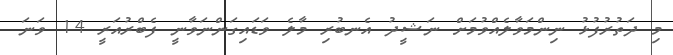
މި ދަތުރުފުޅު ނިންމަވާލެއްވުމަށް ނަޝީދު އެނބުރި މާލެ ވަޑައިގަންނަވާނީ ފެބްރުއަރީ 14 ވަނަ